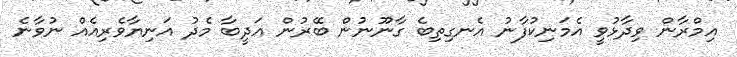
އިމްރާން ވިދާޅުވީ އެމަނިކުފާނު އެނގިތިބެ ގާނޫނުން ބޭރުން އަދީބާ މެދު އަނިޔާވެރިއެއް ނުވާނެ